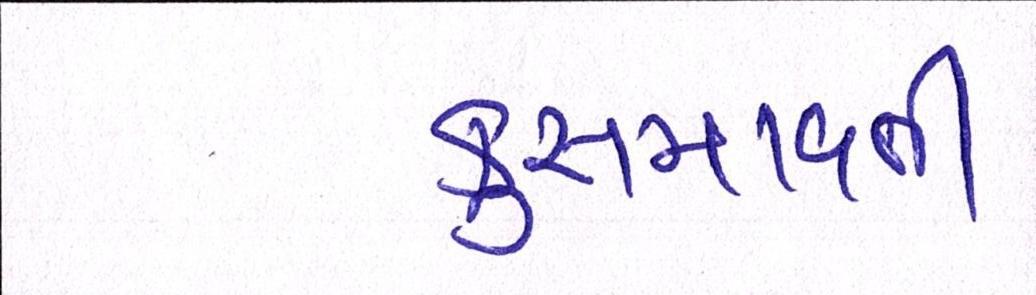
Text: કુસમાવતી